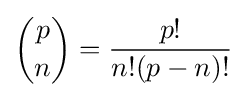
{\binom {p}{n}}={\frac {p!}{n!(p-n)!}}